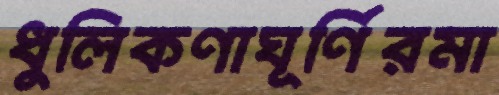
ধুলিকণাঘূর্ণিরমা